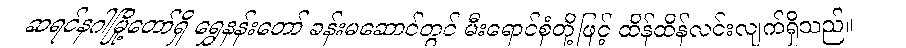
ဆရင်နဂါမြို့တော်ရှိ ရွှေနန်းတော် ခန်းမဆောင်တွင် မီးရောင်စုံတို့ဖြင့် ထိန်ထိန်လင်းလျက်ရှိသည်။